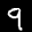
Label: 9